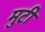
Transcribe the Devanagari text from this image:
मुटी